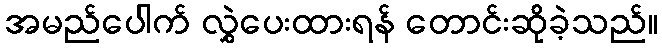
အမည်ပေါက် လွှဲပေးထားရန် တောင်းဆိုခဲ့သည်။